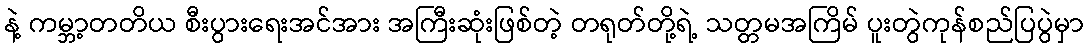
နဲ့ ကမ္ဘာ့တတိယ စီးပွားရေးအင်အား အကြီးဆုံးဖြစ်တဲ့ တရုတ်တို့ရဲ့ သတ္တမအကြိမ် ပူးတွဲကုန်စည်ပြပွဲမှာ